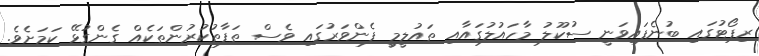
ރިޕޯޓުގައި ބުނެފައިވަނީ ސުކޫލު މާހައުލުގައާއި ތައުލީމީ ފެންވަރުގައި ވެސް ތަފާތުކުރުންތަކެއް ގެންގުޅޭ ކަމަށެވެ.